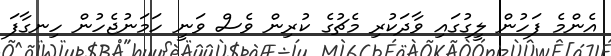
އެންމެ ފަހުން ލީގުގައި ވާދަކުރި މެޗުގެ ކުރިން ވެސް ވަނީ ހަމަނުޖެހުން ހިނގާފަ